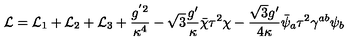
{ \cal L } = { \cal L } _ { 1 } + { \cal L } _ { 2 } + { \cal L } _ { 3 } + \frac { g ^ { ' 2 } } { \kappa ^ { 4 } } - \sqrt { 3 } \frac { g ^ { \prime } } { \kappa } \bar { \chi } \tau ^ { 2 } \chi - \frac { \sqrt { 3 } g ^ { \prime } } { 4 \kappa } \bar { \psi } _ { a } \tau ^ { 2 } \gamma ^ { a b } \psi _ { b }